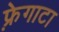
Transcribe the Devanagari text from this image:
फ़्रेगाटा